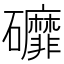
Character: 䃺